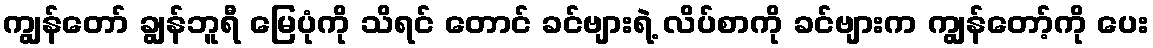
ကျွန်တော် ချွန်ဘူရီ မြေပုံကို သိရင် တောင် ခင်ဗျားရဲ့ လိပ်စာကို ခင်ဗျားက ကျွန်တော့်ကို ပေး